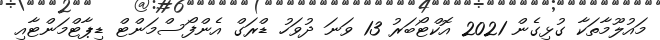
މައުލޫމާތަކާ ގުޅިގެން 2021 އޮކްޓޯބަރު 13 ވަނަ ދުވަހު ޑްރަގް އެންފޯސްމަންޓް ޑިޕާޓްމަންޓާއި